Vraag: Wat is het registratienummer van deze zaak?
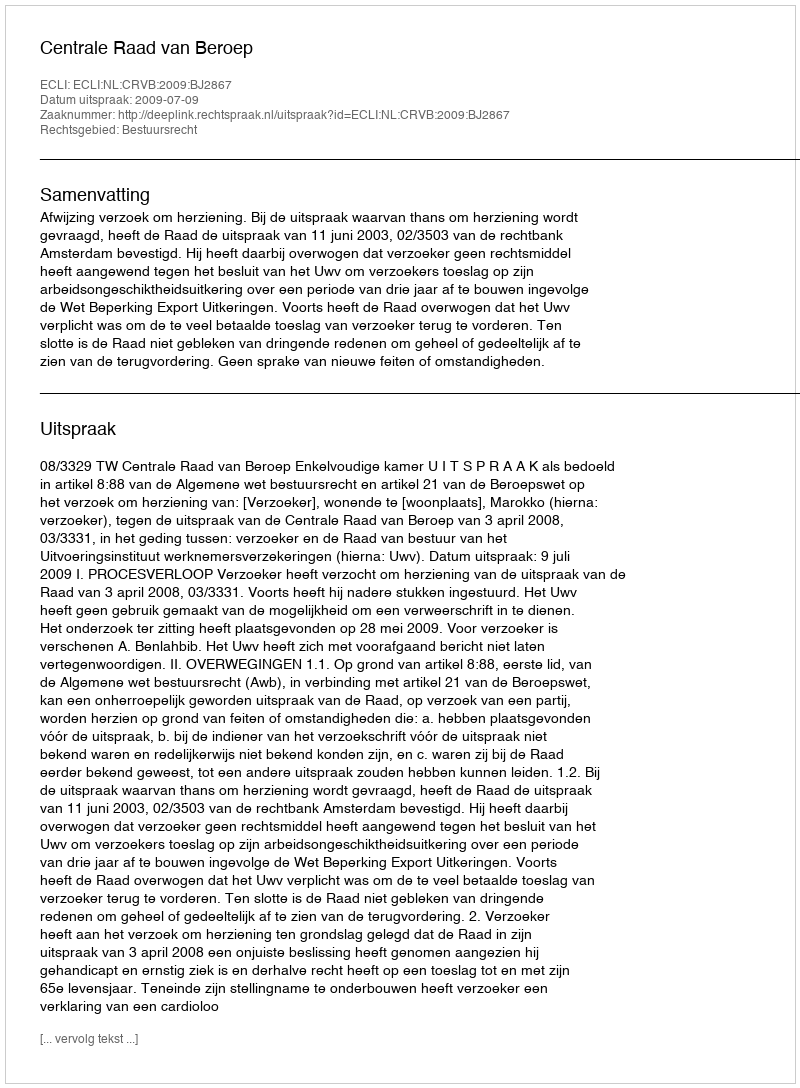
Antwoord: http://deeplink.rechtspraak.nl/uitspraak?id=ECLI:NL:CRVB:2009:BJ2867